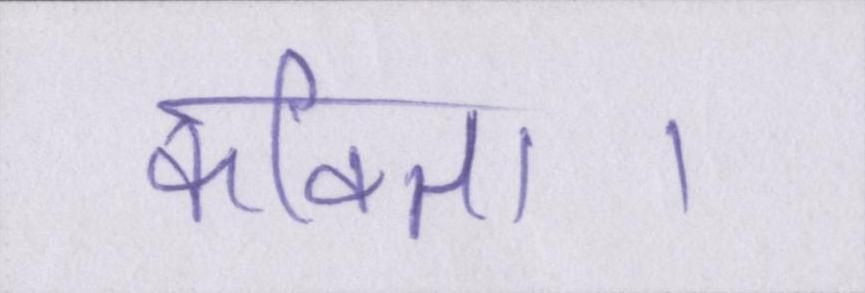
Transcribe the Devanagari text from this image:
कविता।